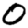
Digit: 0